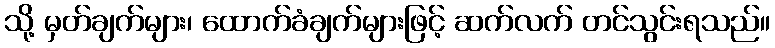
သို့ မှတ်ချက်များ၊ ထောက်ခံချက်များဖြင့် ဆက်လက် တင်သွင်းရသည်။